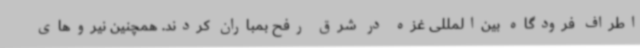
اطراف فرودگاه بین‌المللی غزه در شرق رفح بمباران کردند. همچنین نیروهای